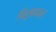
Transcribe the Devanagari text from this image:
पितृप्रधान